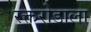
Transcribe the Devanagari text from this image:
रक्तरोडाला